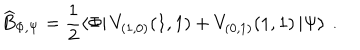
LaTeX: \widehat { B } _ { \Phi , \Psi } = \displaystyle \frac { 1 } { 2 } \left\langle \Phi \right| V _ { ( 1 , 0 ) } ( 1 , 1 ) + V _ { ( 0 , 1 ) } ( 1 , 1 ) \left| \Psi \right\rangle \: .